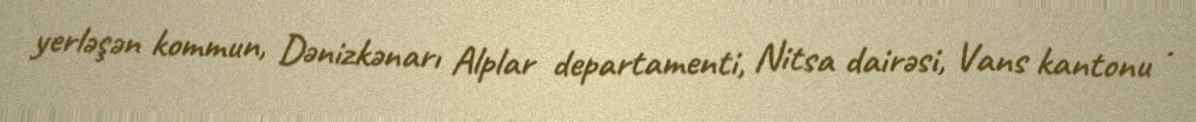
yerləşən kommun, Dənizkənarı Alplar departamenti, Nitsa dairəsi, Vans kantonu .